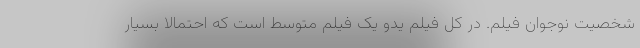
شخصیت نوجوان فیلم. در کل فیلم یدو یک فیلم متوسط است که احتمالا بسیار